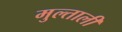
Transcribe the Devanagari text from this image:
मुल्ताली